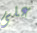
على